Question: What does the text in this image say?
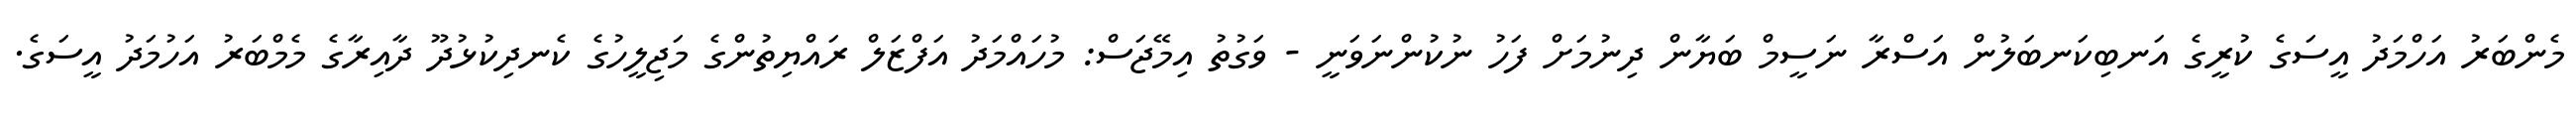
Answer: މެންބަރު އަހްމަދު އީސަގެ ކުރީގެ އަނބިކަނބަލުން އަސްރާ ނަސީމް ބަޔާން ދިނުމަށް ފަހު ނުކުންނަވަނީ - ވަގުތު އިމޭޖަސް: މުހައްމަދު އަފްޒަލް ރައްޔިތުންގެ މަޖިލީހުގެ ކެނދިކުޅުދޫ ދާއިރާގެ މެމްބަރު އަހުމަދު އީސަގެ.